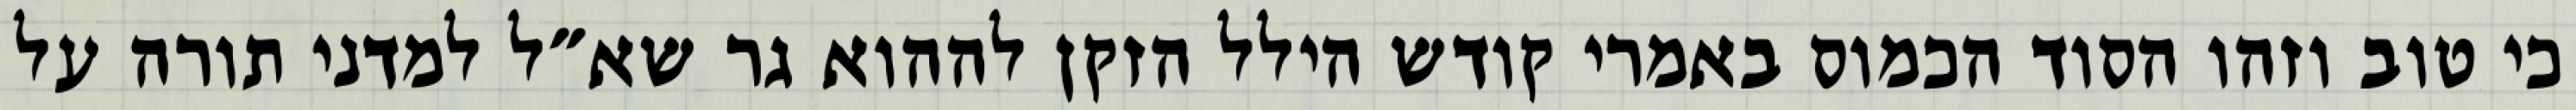
כי טוב וזהו הסוד הכמוס באמרי קודש הילל הזקן לההוא גר שא״ל למדני תורה על